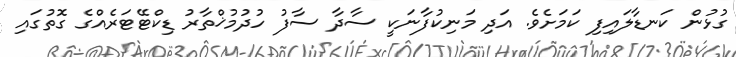
ގުޅުން ކަނޑާލައިފި ކަމަށެވެ. އަދި މަނިކުފާނަކީ ސާދާ ސާފު ހުދުމުޚްތާރު ޑިކްޓޭޓަރެއްގެ ގޮތުގައި